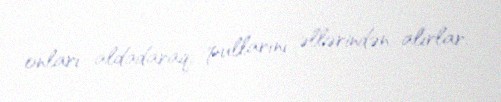
onları aldadaraq, pullarını əllərindən alırlar.